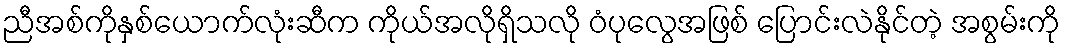
ညီအစ်ကိုနှစ်ယောက်လုံးဆီက ကိုယ်အလိုရှိသလို ဝံပုလွေအဖြစ် ပြောင်းလဲနိုင်တဲ့ အစွမ်းကို